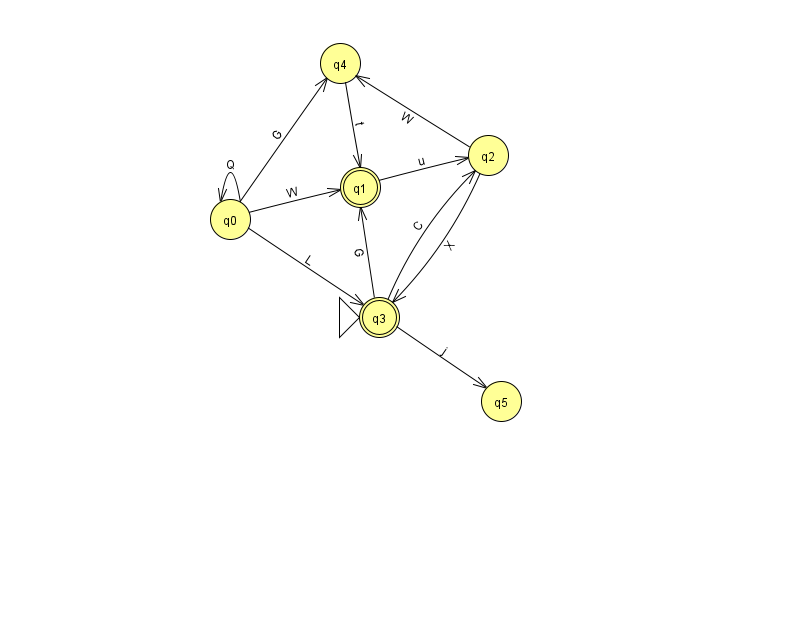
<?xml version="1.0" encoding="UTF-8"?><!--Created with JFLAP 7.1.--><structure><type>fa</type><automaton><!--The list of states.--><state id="0" name="q0"><x>230.0</x><y>206.0</y></state><state id="1" name="q1"><x>360.0</x><y>174.0</y><final/></state><state id="2" name="q2"><x>488.0</x><y>142.0</y></state><state id="3" name="q3"><x>379.0</x><y>304.0</y><initial/><final/></state><state id="4" name="q4"><x>340.0</x><y>50.0</y></state><state id="5" name="q5"><x>501.0</x><y>388.0</y></state><!--The list of transitions.--><transition><from>0</from><to>1</to><read>W</read></transition><transition><from>0</from><to>0</to><read>Q</read></transition><transition><from>0</from><to>3</to><read>L</read></transition><transition><from>3</from><to>5</to><read>j</read></transition><transition><from>2</from><to>4</to><read>W</read></transition><transition><from>3</from><to>2</to><read>C</read></transition><transition><from>3</from><to>1</to><read>G</read></transition><transition><from>0</from><to>4</to><read>G</read></transition><transition><from>2</from><to>3</to><read>X</read></transition><transition><from>1</from><to>2</to><read>u</read></transition><transition><from>4</from><to>1</to><read>t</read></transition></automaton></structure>